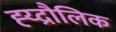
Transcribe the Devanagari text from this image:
ह्य्द्रौलिक